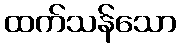
ထက်သန်သော